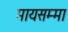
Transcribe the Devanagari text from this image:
मायसम्मा